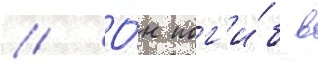
// О́н пог'и́б в